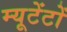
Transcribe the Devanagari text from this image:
म्यूटेंटों